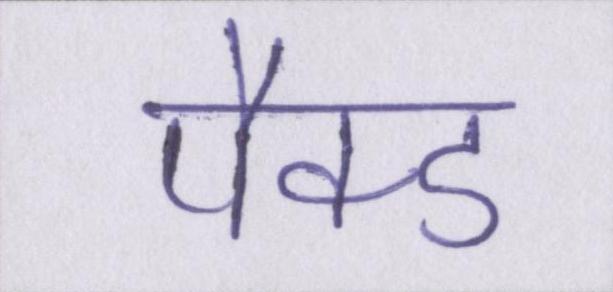
पैक्ड